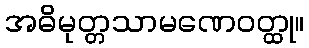
အဓိမုတ္တသာမဏေဝတ္ထု။